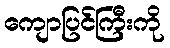
ကျောပြင်ကြီးကို